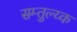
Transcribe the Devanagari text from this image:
सम्तुल्य्क